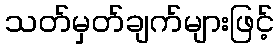
သတ်မှတ်ချက်များဖြင့်